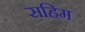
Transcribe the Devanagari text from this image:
सहिम